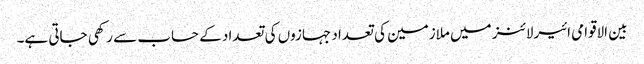
بین الاقوامی ائیرلائنز میں ملازمین کی تعداد جہازوں کی تعداد کے حساب سے رکھی جاتی ہے۔